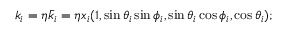
k _ { i } = \eta \bar { k } _ { i } = \eta x _ { i } ( 1 , \sin \theta _ { i } \sin \phi _ { i } , \sin \theta _ { i } \cos \phi _ { i } , \cos \theta _ { i } ) ;